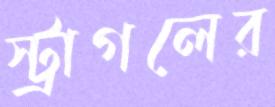
স্ট্রাগলের